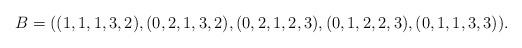
LaTeX: \begin{align*} B=((1, 1, 1, 3, 2), (0, 2, 1, 3, 2), (0, 2, 1, 2, 3), (0, 1, 2, 2, 3), (0, 1, 1, 3, 3)). \end{align*}